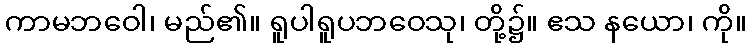
ကာမဘဝေါ၊ မည်၏။ ရူပါရူပဘဝေသု၊ တို့၌။ ဧသ နယော၊ ကို။